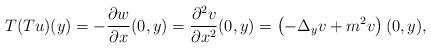
LaTeX: \begin{align*}T(Tu)(y)=-\frac{\partial w}{\partial x}(0,y) = \frac{\partial^2v}{\partial x^2}(0,y) = \left(-\Delta_y v + m^2 v \right)(0,y),\end{align*}